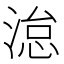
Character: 𪶩